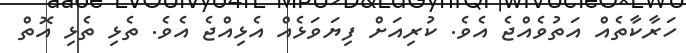
ހަރާކާތެއް އަތުވެއްޖެ އެވެ. ކުރިއަށް ފިޔަވަޅެއް އެޅިއްޖެ އެވެ. ތެޅި ތެޅި އޮތް